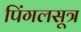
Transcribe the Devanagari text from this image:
पिंगलसूत्र